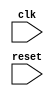
`timescale 1ns / 1ps
//////////////////////////////////////////////////////////////////////////////////
// Company: SharifUniversity
// 
// Design Name:    AHReccese
// Module Name:    SingleCycle 
// Project Name:   phase2
// Target Devices: 
// Tool versions: 
// Description: 
//
// Dependencies: 
//
// Revision: 
// Revision 0.01 - File Created
// Additional Comments: 
//
//////////////////////////////////////////////////////////////////////////////////
module MIPS(
input clk,
input reset
    );
	 
wire [31:0] firstPC;
wire [31:0] address;
wire [31:0] readData;
wire regwrite;
wire [4:0] writereg;
wire regdst;
wire zero;
wire memtoreg;
wire memwrite;
wire pcsrc;
wire [2:0]aluop;
wire alusrc;
wire sgnzero;
wire [31:0] readData1;
wire [31:0] readData2;
wire [31:0] srca;
wire [31:0] srcb;
wire [31:0] signimm;
wire [31:0] aluresult;
wire zeroAlu;
wire [31:0] dataMemoryReadData;
wire [31:0] registerFileWD3;
wire [31:0] pcbranchIn;
wire [31:0] pcbranchOut;
wire PCSrc;
wire [31:0] pcplus;

assign firstPC = (pcsrc == 0) ? pcplus : pcbranchOut;
// PC prim ...

PC pc(.clk(clk),.reset(reset),.nxt_pc(firstPC),.out(address));
InstructionMemory instructionMemory(.A(address),.RD(readData));

assign registerFileWD3 = (memtoreg == 0)? aluresult : dataMemoryReadData;
// wd3 completed via othermodules...

assign writereg = (regdst == 0) ? readData[20:16] : readData[15:11];
RegisterFile registerFile(.clk(clk),.A1(readData[25:21]),.A2(readData[20:16]),.A3(writereg),.WE3(regwrite),.WD3(registerFileWD3),.RD1(readData1),.RD2(readData2));

assign srcb = ( alusrc == 0 ) ? readData2 : signimm;
// creating srcB 
ALU alu(.SrcA(readData1),.SrcB(srcb),.ALUControl(aluop),.ALUResult(aluresult),.Zero(zeroAlu));
DataMemory dataMemory(.clk(clk),.WE(memwrite),.A(aluresult),.WD(readData2),.RD(dataMemoryReadData));

// zero ... completed by aluzero
Controller controller(.op(readData[31:26]),.funct(readData[5:0]),.zero(zeroAlu),.MemtoReg(memtoreg),.MemWrite(memwrite),.PCSrc(pcsrc),.ALUOP(aluop),.ALUSrc(alusrc),.RegDst(regdst),.RegWrite(regwrite),.SgnZero(sgnzero));

// have not use SGNzero

SignExtend signextend(.gonnaSignExtend(readData[15:0]),.sgnZero(sgnzero),.signExtended(signimm));
Shifter shifter(.in(signimm),.out(pcbranchIn));
// pc + 4 = address + 4
// pc is output of PC module as you see above ...
// pc plus = pcOutput + 4
assign pcplus = address + 4;
assign pcbranchOut = pcbranchIn + pcplus;
// before PC module mux ...


endmodule



module PC(

input clk,
input reset,
input [31:0] nxt_pc,
output reg [31:0]out
    );

always@(posedge clk)
begin

	if(reset) 
	begin
	out <= 32'h0000_0000;
	end
	
	else
	begin
	out <= nxt_pc;
	end
	
end

endmodule







module InstructionMemory(

input [31:0] A,
output [31:0] RD
);
	 
reg [31:0] RAM [1023:0];
//initial begin
//$readmemh("memfile.dat",RAM);
//end
assign RD = RAM[A[31:2]];

endmodule




module DataMemory(
input clk,
input WE,
input [31:0] A,
input [31:0] WD,
output [31:0] RD
);

reg [31:0] RAM[1023:0];
assign RD = RAM[A[31:2]];

always @(posedge clk)
	if(WE)
	RAM[A[31:2]] <= WD;
	
endmodule


module RegisterFile(
input clk,
input [4:0] A1,
input [4:0] A2,
input [4:0] A3,
input WE3,
input [31:0] WD3,
output[31:0] RD1,
output[31:0] RD2
);

reg[31:0] rf_data[0:31];
assign RD1 = rf_data[A1];
assign RD2 = rf_data[A2];

always@(posedge clk) begin
	if(WE3)
	rf_data[A3] <= WD3;
	rf_data[0] <= 32'h0000_0000;
	end
	
endmodule


module ALU(
input [31:0]SrcA,
input [31:0]SrcB,
input [2:0]ALUControl,
output[31:0]ALUResult,
output Zero
);

assign ALUResult = ( ALUControl == 3'b000 ) ? SrcA + SrcB :
						 ( ALUControl == 3'b001 ) ? SrcA - SrcB :
						 ( ALUControl == 3'b010 ) ? SrcA & SrcB :
						 ( ALUControl == 3'b011 ) ? SrcA | SrcB :
						 ( ALUControl == 3'b100 ) ? SrcA ^ SrcB :
						 ( ALUControl == 3'b101 ) ? ~(SrcA | SrcB) :
						 ( ALUControl == 3'b110 ) ? $signed(SrcA) < $signed(SrcB):
						 ( ALUControl == 3'b111 ) ? SrcA < SrcB : 32'h00000000;
					
assign Zero = ( ALUResult == 32'h00000000 )? 1 : 0;

endmodule 




module Controller(
input [5:0] op,
input [5:0] funct,
input zero,

output MemtoReg,
output MemWrite,
output PCSrc,
output [2:0]ALUOP,

output ALUSrc,
output RegDst,
output RegWrite,
output SgnZero

    );

reg [9:0] outs;

always@(*)
begin
casex(op)

  6'b100011: outs=10'b1_0_0_000_1_0_1_1;
  6'b101011: outs=10'b0_1_0_000_1_0_0_1;
  6'b000100: outs={2'b00,zero,7'b001_0101};
  6'b000101: outs={2'b00,~zero,7'b001_0101};
  6'b001100: outs=10'b0_0_0_010_1_0_1_0;
  6'b001101: outs=10'b0_0_0_011_1_0_1_0;
  6'b001110: outs=10'b0_0_0_100_1_0_1_0;
  6'b001000: outs=10'b0_0_0_000_1_0_1_1;
  6'b001001: outs=10'b0_0_0_000_1_0_1_0;
  6'b001010: outs=10'b0_0_0_110_1_0_1_1;
  6'b001011: outs=10'b0_0_0_111_1_0_1_0;
  
  6'b000000:
			casex(funct)
			 12'b000000100000: outs=10'b0_0_0_000_0_1_1_0;
			 12'b000000100001: outs=10'b0_0_0_000_0_1_1_0;
			 12'b000000100010: outs=10'b0_0_0_001_0_1_1_0;
			 12'b000000100011: outs=10'b0_0_0_001_0_1_1_0;
			 12'b000000100100: outs=10'b0_0_0_010_0_1_1_0;
			 12'b000000100101: outs=10'b0_0_0_011_0_1_1_0;
			 12'b000000100110: outs=10'b0_0_0_100_0_1_1_0;
			 12'b000000100111: outs=10'b0_0_0_101_0_1_1_0;
			 12'b000000101010: outs=10'b0_0_0_110_0_1_1_0;
			 12'b000000101011: outs=10'b0_0_0_111_0_1_1_0;
			 default:outs=10'b0_0_0_000_0_0_0_0;
			 endcase
  default:outs=10'b0_0_0_000_0_0_0_0; 
endcase  
end

// extracting Data from register	
	
assign MemtoReg = outs[9];

assign MemWrite = outs[8];

assign PCSrc = outs[7];

assign ALUOP = outs[6:4];

assign ALUSrc = outs[3];

assign RegDst = outs[2];

assign RegWrite = outs[1];

assign SgnZero = outs[0];

				
				
endmodule



module SignExtend(
input [15:0] gonnaSignExtend,
input sgnZero,
output [31:0] signExtended
    );

assign signExtended = (sgnZero == 1'b1 ) ? {signExtended[15],
														  signExtended[15],
														  signExtended[15],
														  signExtended[15],
														  signExtended[15],
													      signExtended[15],
														  signExtended[15],
														  signExtended[15],
														  signExtended[15],
														  signExtended[15],
														  signExtended[15],
														  signExtended[15],
														  signExtended[15],
														  signExtended[15],
														  signExtended[15],
														  signExtended[15],
														  gonnaSignExtend}
													  : {16'b0000_0000_0000_0000,gonnaSignExtend};  

endmodule



module Shifter(
input [31:0] in,
output [31:0] out
    );

assign out = in * 4;

endmodule